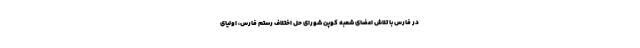
در فارس با تلاش اعضای شعبه کوپن شورای حل اختلاف رستم فارس، اولیای